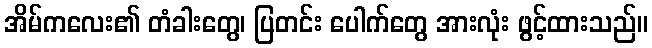
အိမ်ကလေး၏ တံခါးတွေ၊ ပြတင်း ပေါက်တွေ အားလုံး ဖွင့်ထားသည်။